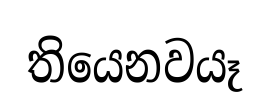
තියෙනවයෑ